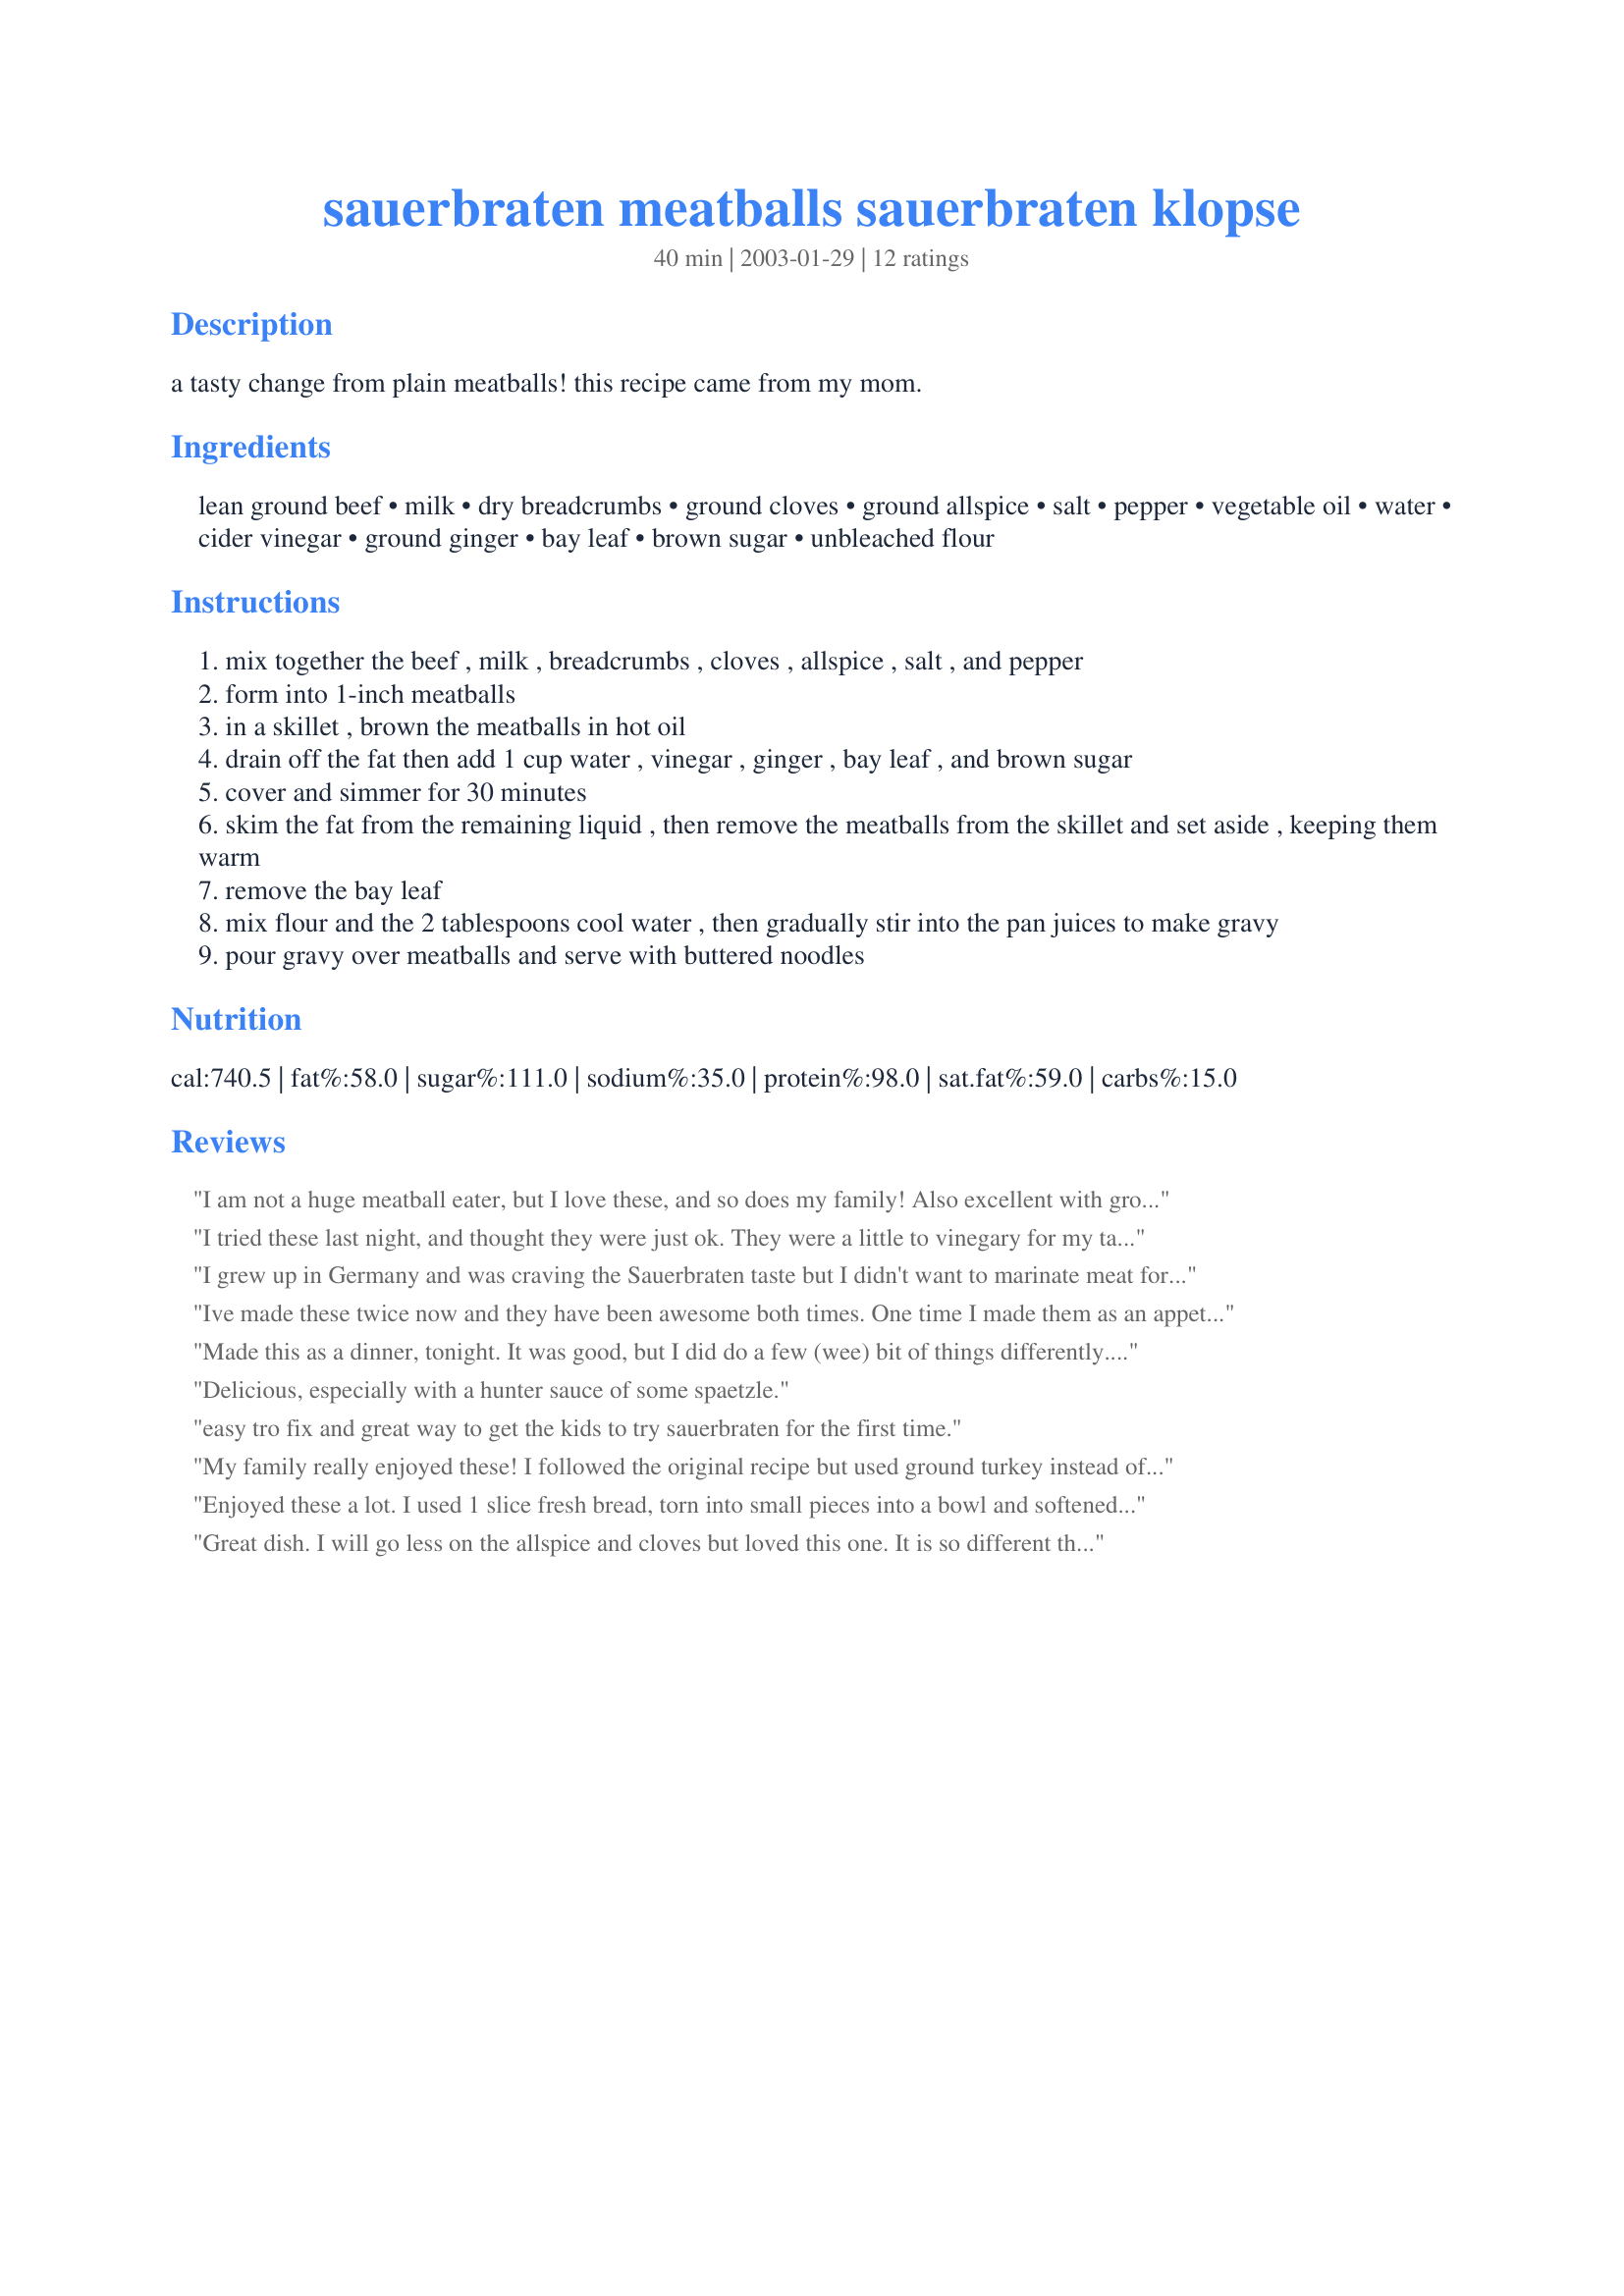
sauerbraten meatballs sauerbraten klopse
Preparation time: 40 minutes

a tasty change from plain meatballs! this recipe came from my mom.

Ingredients:
lean ground beef, milk, dry breadcrumbs, ground cloves, ground allspice, salt, pepper, vegetable oil, water, cider vinegar, ground ginger, bay leaf, brown sugar, unbleached flour

Steps:
mix together the beef , milk , breadcrumbs , cloves , allspice , salt , and pepper
form into 1-inch meatballs
in a skillet , brown the meatballs in hot oil
drain off the fat then add 1 cup water , vinegar , ginger , bay leaf , and brown sugar
cover and simmer for 30 minutes
skim the fat from the remaining liquid , then remove the meatballs from the skillet and set aside , keeping them warm
remove the bay leaf
mix flour and the 2 tablespoons cool water , then gradually stir into the pan juices to make gravy
pour gravy over meatballs and serve with buttered noodles

Reviews:
I am not a huge meatball eater, but I love these, and so does my family! Also excellent with ground turkey instead of beef (although a little more breadcrumbs may be required.)
I tried these last night, and thought they were just ok. They were a little to vinegary for my taste. I have another meatball recipe I like better so I'll probably not use this one again
I grew up in Germany and was craving the Sauerbraten taste but I didn't want to marinate meat for a week. This did the trick so well that I made it two nights in a row. My family loved it.
Ive made these twice now and they have been awesome both times. One time I made them as an appetizer with toothpicks stuck in them and they went over really well, another time I made them as a dinner over egg noodles, which were finished right off. The second time I took that tip about the corn starch because I also had the problem with the clumpy flour. This one is definitely going in my regular file! thanks a lot!!
Made this as a dinner, tonight. It was good, but I did do a few (wee) bit of things differently. Seasoned the meatballs up alittle more (added small amts more of the seasonings, parsley, onion salt.) The gravy I followed exactly except I added some beef broth at the end to make it not as vinegary. I thickened it with cornstarch (vs. the flour) as suggested by another poster. I will pry try this again in the future, but will use LESS brown sugar (perhaps by 2 TBS.) I found the sauce great, but really sweet. For us, too sweet (although we liked it.) Also added pepper to the gravy. Served it over spatzele noodles (buttered, with garlic salt and parsley.)
Delicious, especially with a hunter sauce of some spaetzle.
easy tro fix and great way to get the kids to try sauerbraten for the first time.
My family really enjoyed these! I followed the original recipe but used ground turkey instead of ground beef. I'd probably use less cider vinegar next time, but I did enjoy the tart flavor.
Enjoyed these a lot. I used 1 slice fresh bread, torn into small pieces into a bowl and softened by the milk. Also, at the end, I recommend using just a bit of cornstarch (1/2 T.) to thicken gravy instead of the flour. I found that 2 T. flour and 2 T. water (as specified) made a paste that promptly clumped into white lumps when added to the pan juices. I had to strain it to serve. Otherwise, yummy!
Great dish. I will go less on the allspice and cloves but loved this one. It is so different than anything I have tried. Served with brussel sprouts for a side.
I used beef broth and gingersnaps for the gravy, which was excellent-but the meatballs were very bland-maybe use gingersnaps instead of breadcrumbs? I'll try again but this was very good.
Yum! These were excellent. The brown sugar and vinegar give the gravy a tangy sweetness that's perfect for slathering on meatballs. I'll definitely be making this one again!
